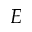
E